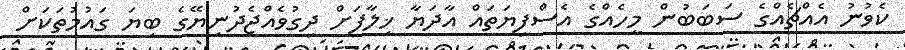
ކެވުނު އެއްޗެއްގެ ސަބަބުން މީހެއްގެ އެސްފިޔަތައް އާދަޔާ ޚިލާފަށް ދިގުވެއްޖެދުނިޔޭގެ ބިޔަ ގައުމުތަކަށް